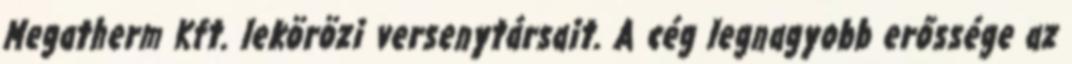
Megatherm Kft. lekörözi versenytársait. A cég legnagyobb erőssége az